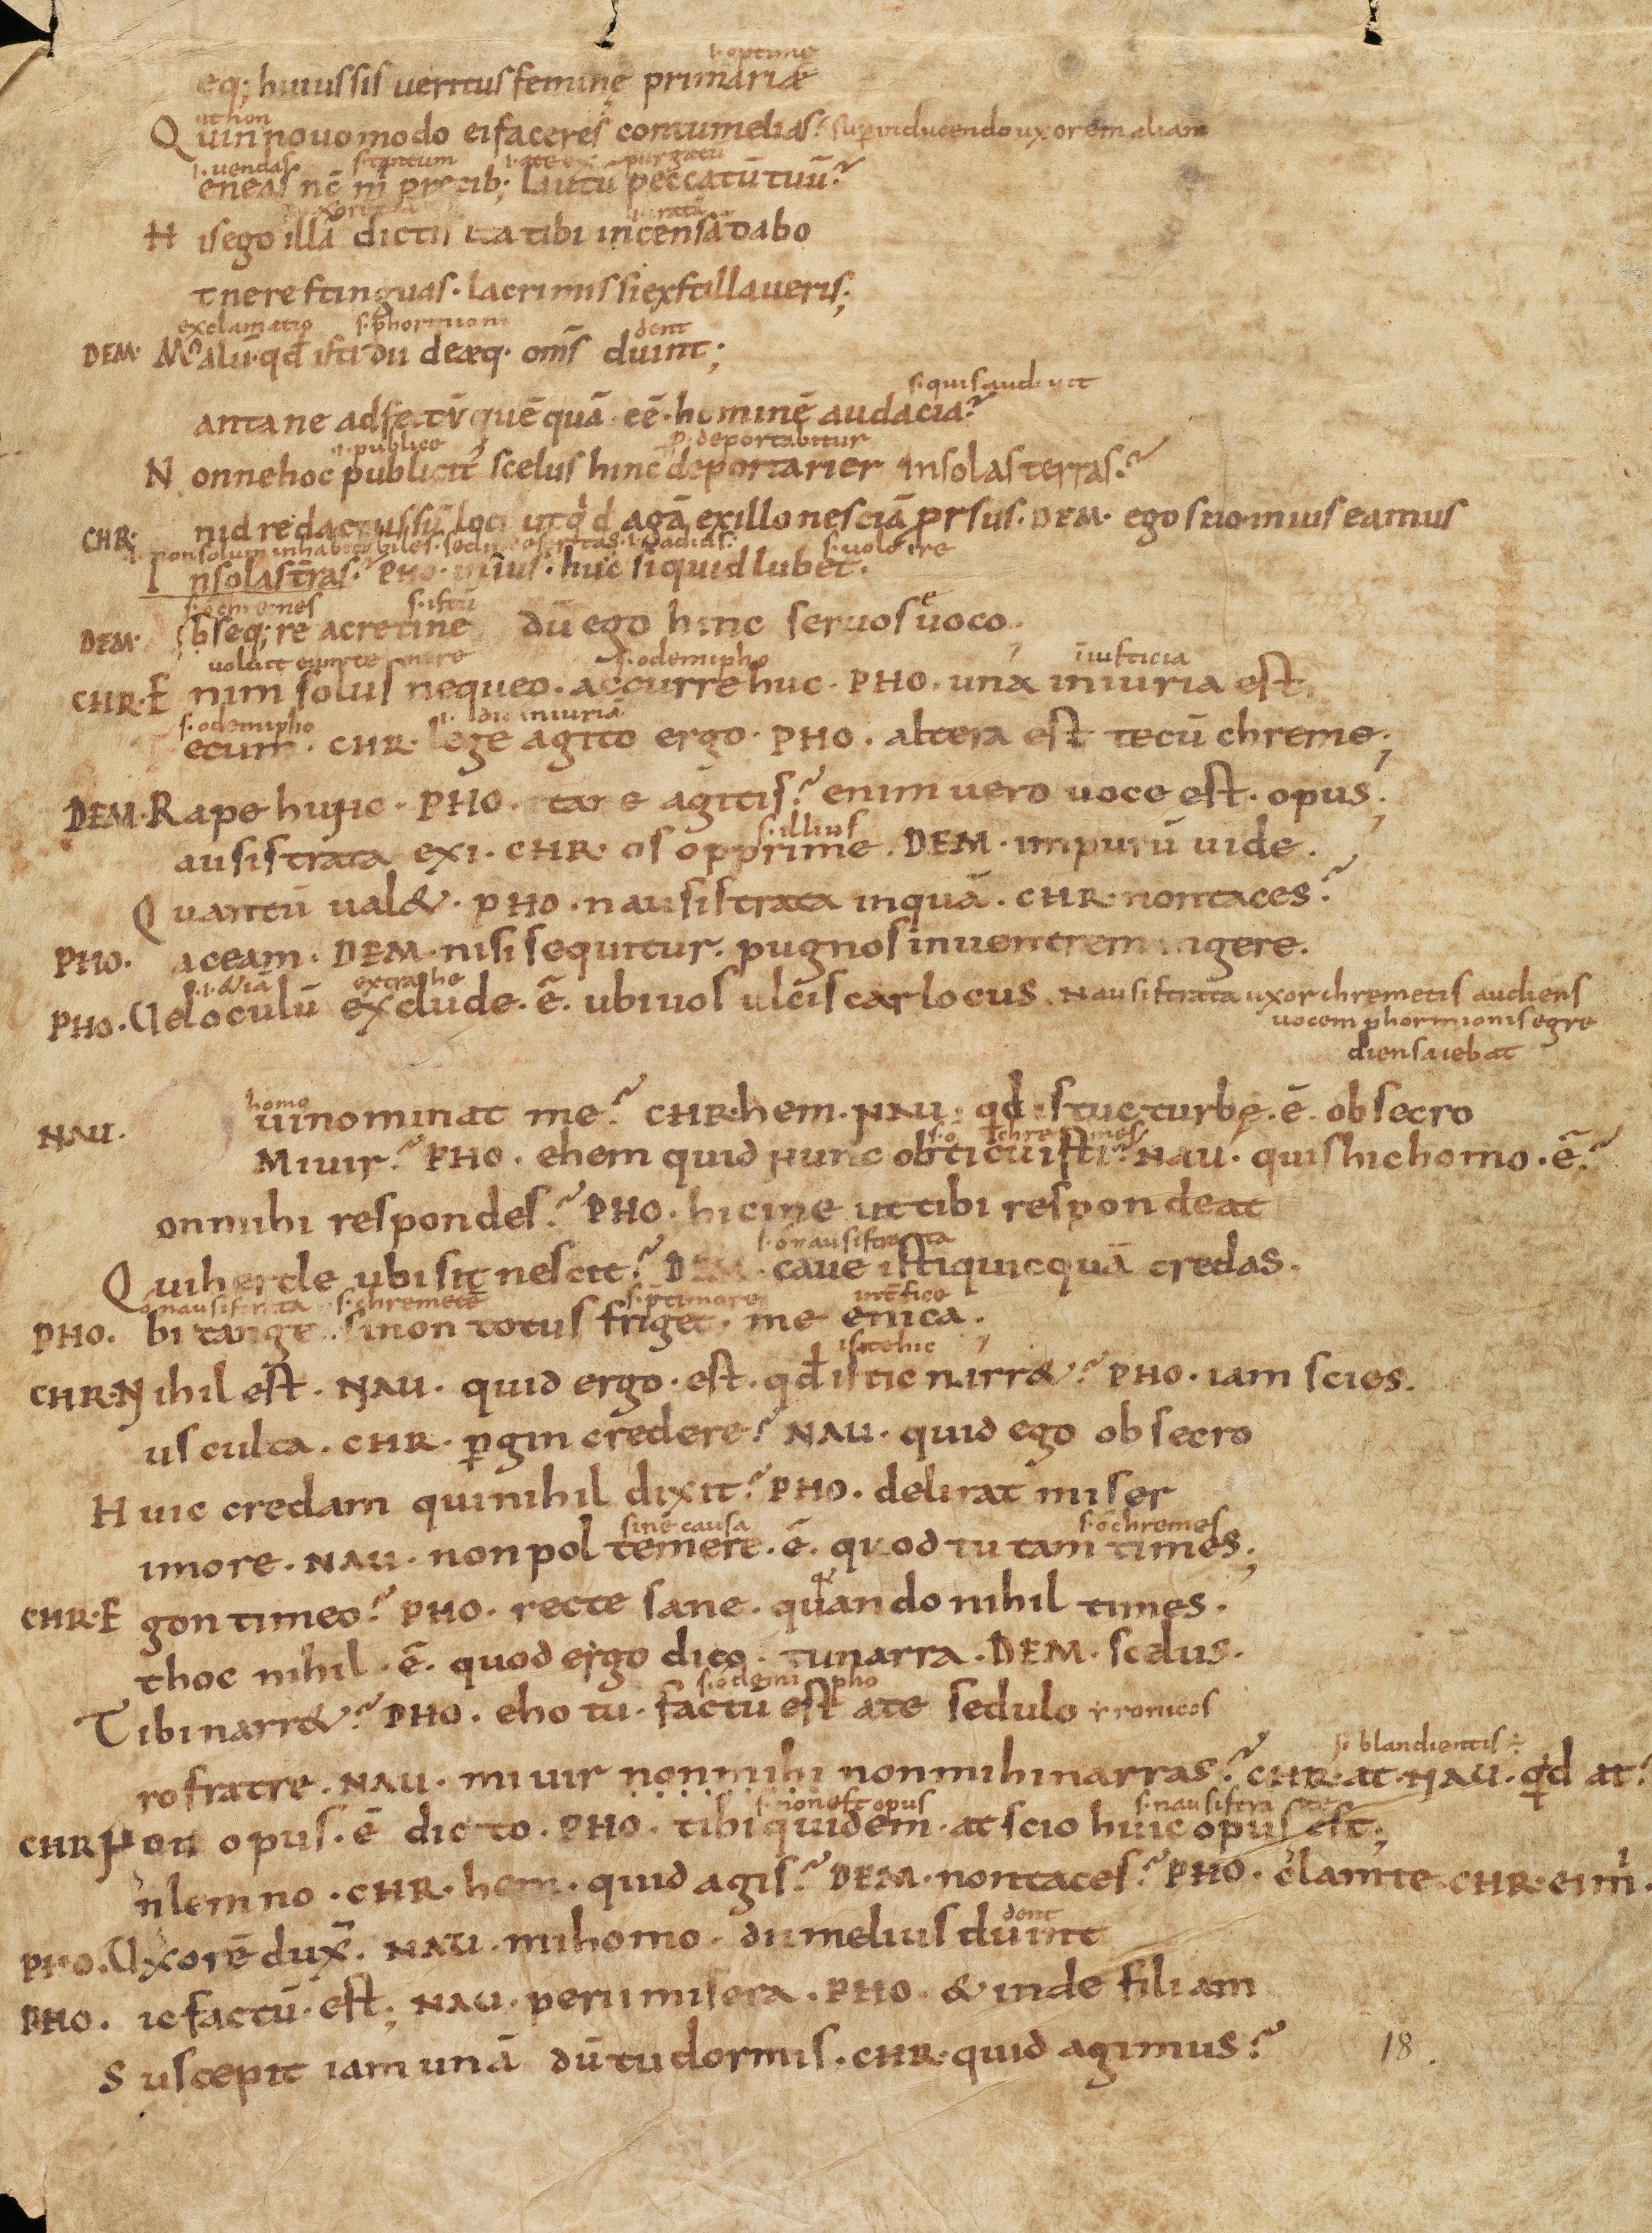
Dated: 950–999